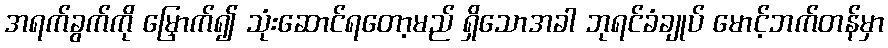
အရက်ခွက်ကို မြှောက်၍ သုံးဆောင်ရတော့မည် ရှိသောအခါ ဘုရင်ခံချုပ် မောင့်ဘက်တန်မှာ